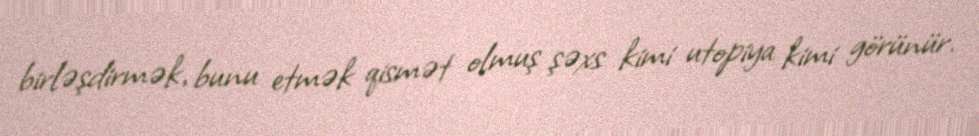
birləşdirmək, bunu etmək qismət olmuş şəxs kimi utopiya kimi görünür.